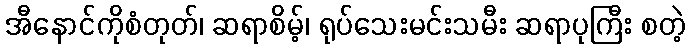
အီနောင်ကိုစံတုတ်၊ ဆရာစိမ့်၊ ရုပ်သေးမင်းသမီး ဆရာပုကြီး စတဲ့